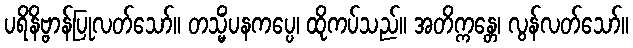
ပရိနိဗ္ဗာန်ပြုလတ်သော်။ တသ္မိံပနကပ္ပေ၊ ထိုကပ်သည်။ အတိက္ကန္တေ၊ လွန်လတ်သော်။